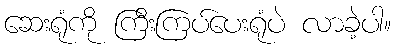
ဆေးရုံကို ကြီးကြပ်ပေးရုံပဲ လာခဲ့ပါ။